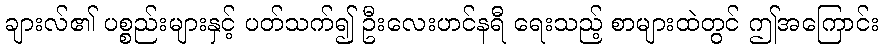
ချားလ်၏ ပစ္စည်းများနှင့် ပတ်သက်၍ ဦးလေးဟင်နရီ ရေးသည့် စာများထဲတွင် ဤအကြောင်း